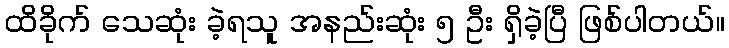
ထိခိုက် သေဆုံး ခဲ့ရသူ အနည်းဆုံး ၅ ဦး ရှိခဲ့ပြီ ဖြစ်ပါတယ်။